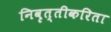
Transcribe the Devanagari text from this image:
निवृत्तीकरिता